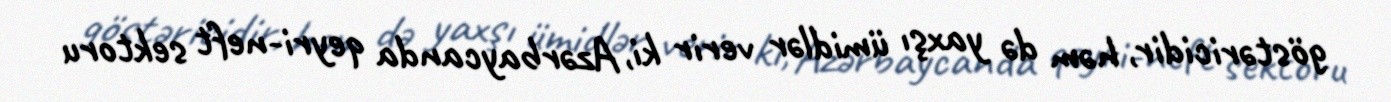
göstəricidir, həm də yaxşı ümidlər verir ki, Azərbaycanda qeyri-neft sektoru